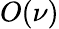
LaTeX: O(\nu)